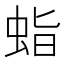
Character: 𧊙